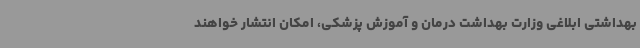
بهداشتی ابلاغی وزارت بهداشت درمان و آموزش پزشکی، امکان انتشار خواهند